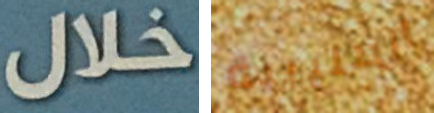
خلال الصليبية